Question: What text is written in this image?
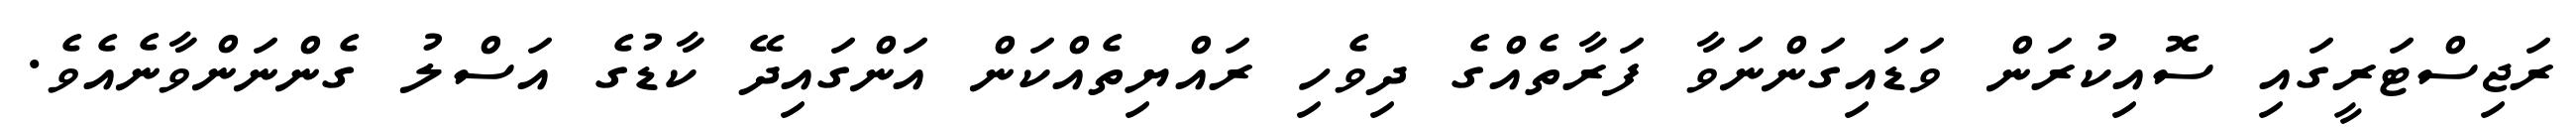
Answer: ރަޖިސްޓަރީގައި ސޮއިކުރަން ވަޑައިގަންނަވާ ފަރާތެއްގެ ދިވެހި ރައްޔިތެއްކަން އަންގައިދޭ ކާޑުގެ އަސްލު ގެންނަންވާނެއެވެ.